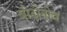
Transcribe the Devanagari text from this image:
बोटोनोव